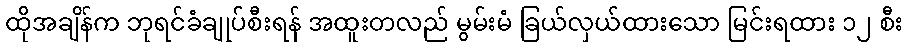
ထိုအချိန်က ဘုရင်ခံချုပ်စီးရန် အထူးတလည် မွမ်းမံ ခြယ်လှယ်ထားသော မြင်းရထား ၁၂ စီး